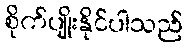
စိုက်ပျိုးနိုင်ပါသည်